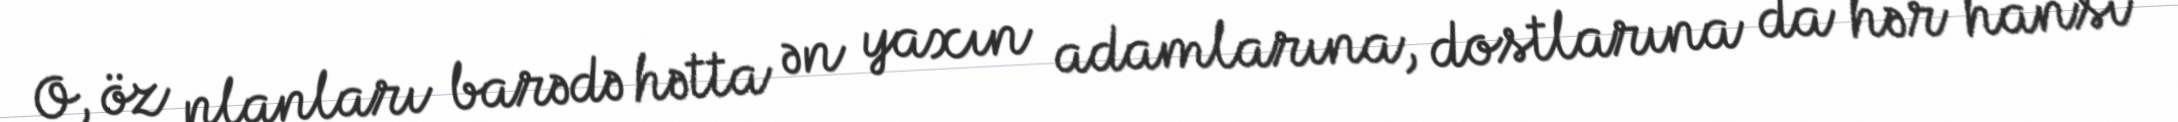
O, öz planları barədə hətta ən yaxın adamlarına, dostlarına da hər hansı